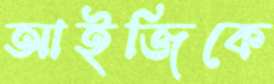
আইজিকে